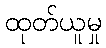
ထုတ်ယူမှု